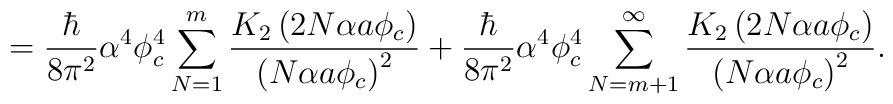
= \frac{\hbar }{8\pi ^{2}}\alpha ^{4}\phi_{c}^{4}\sum_{N=1}^{m}\frac{K_{2}\left( 2N\alpha a\phi _{c}\right) }{\left( N\alpha a\phi _{c}\right) ^{2}} + \frac{\hbar }{8\pi ^{2}}\alpha ^{4}\phi_{c}^{4}\sum_{N=m+1}^{\infty}\frac{K_{2}\left( 2N\alpha a\phi _{c}\right) } {\left( N\alpha a\phi _{c}\right) ^{2}}.